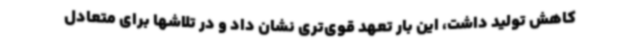
کاهش تولید داشت، این بار تعهد قوی‌تری نشان داد و در تلاشها برای متعادل